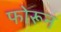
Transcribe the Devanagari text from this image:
फोरून